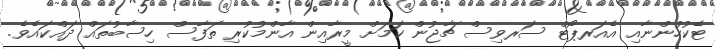
ޓެކުހުންނާއި އެއަރޕޯޓް ސަރވިސް ޗާޖުން ކަމަށް މީރާއިން އާންމުކުރި ތަފާސް ހިސާބުތައް ދައްކައެވެ.